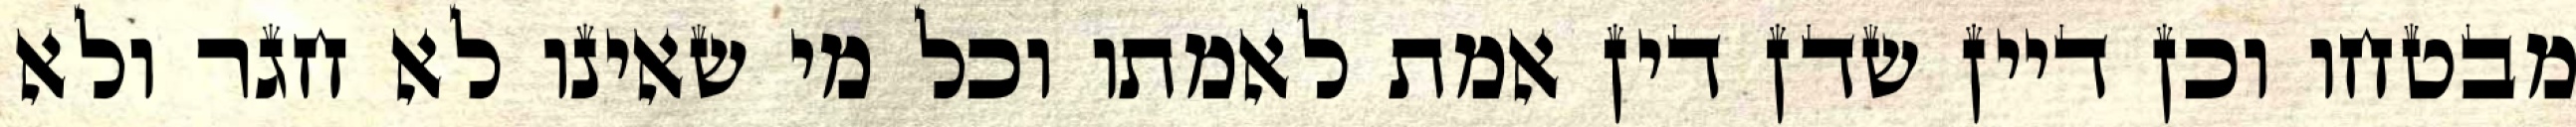
מבטחו וכן דיין שדן דין אמת לאמתו וכל מי שאינו לא חגר ולא